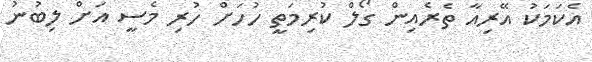
އެކަމަކު އޭރިއާ ތެރެއިން ގޯލް ކުރިމަތީ ހުހަށް ހުރި މެސީ އަށް ލިބުނު